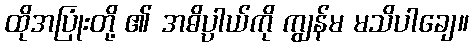
ထိုအပြုံးတို့ ၏ အဓိပ္ပာယ်ကို ကျွန်မ မသိပါချေ။